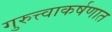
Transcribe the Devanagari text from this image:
गुरुत्त्वाकर्षणात